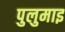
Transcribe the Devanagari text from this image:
पुलुमाइ